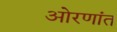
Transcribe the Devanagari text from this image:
ओरणांत